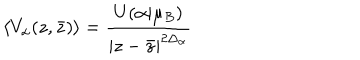
LaTeX: \left\langle V _ { \alpha } ( z , \bar { z } ) \right\rangle = \frac { U ( \alpha | \mu _ { B } ) } { \left| z - \bar { z } \right| ^ { 2 \Delta _ { \alpha } } } \nonumber